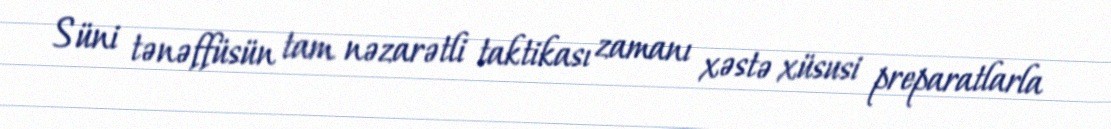
Süni tənəffüsün tam nəzarətli taktikası zamanı xəstə xüsusi preparatlarla